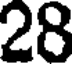
28